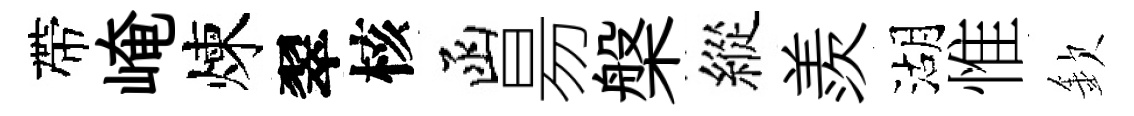
帶崦煉翠核函昜槃縱羨湖惟欽